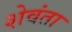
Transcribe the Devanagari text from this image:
शेवंता